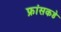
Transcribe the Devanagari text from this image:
फ्रांसकडे